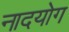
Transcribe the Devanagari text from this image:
नादयोग